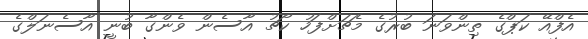
އެފްއޭ ކަޕްގެ ތިންވަނަ ބުރުގެ މެޗަށްފަހު ކޯޗު އާސެން ވެންގާ ބުނީ އާސެނަލްގެ